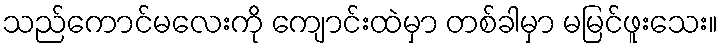
သည်ကောင်မလေးကို ကျောင်းထဲမှာ တစ်ခါမှာ မမြင်ဖူးသေး။